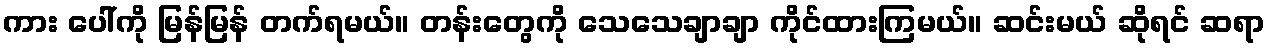
ကား ပေါ်ကို မြန်မြန် တက်ရမယ်။ တန်းတွေကို သေသေချာချာ ကိုင်ထားကြမယ်။ ဆင်းမယ် ဆိုရင် ဆရာ